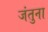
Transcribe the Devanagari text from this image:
जंतुना